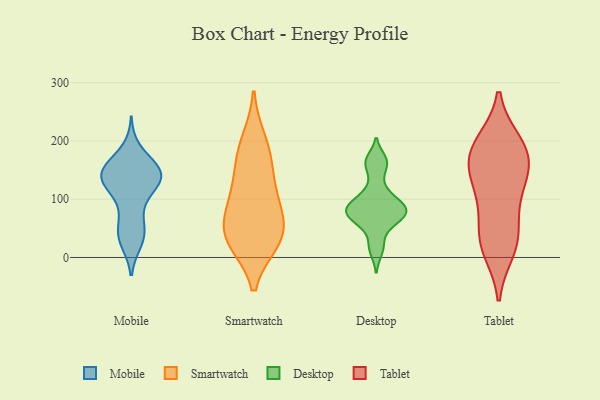
{"axis": {"x": "Shipments", "y": "Value"}, "legend": ["Desktop", "Mobile", "Smartwatch", "Tablet"], "data": [{"x": "", "y": 135, "type": "Mobile"}, {"x": "", "y": 31, "type": "Mobile"}, {"x": "", "y": 131, "type": "Mobile"}, {"x": "", "y": 52, "type": "Mobile"}, {"x": "", "y": 151, "type": "Mobile"}, {"x": "", "y": 131, "type": "Mobile"}, {"x": "", "y": 27, "type": "Mobile"}, {"x": "", "y": 35, "type": "Mobile"}, {"x": "", "y": 48, "type": "Mobile"}, {"x": "", "y": 104, "type": "Mobile"}, {"x": "", "y": 158, "type": "Mobile"}, {"x": "", "y": 79, "type": "Mobile"}, {"x": "", "y": 155, "type": "Mobile"}, {"x": "", "y": 145, "type": "Mobile"}, {"x": "", "y": 133, "type": "Mobile"}, {"x": "", "y": 141, "type": "Mobile"}, {"x": "", "y": 117, "type": "Mobile"}, {"x": "", "y": 185, "type": "Mobile"}, {"x": "", "y": 149, "type": "Mobile"}, {"x": "", "y": 145, "type": "Mobile"}, {"x": "", "y": 200, "type": "Smartwatch"}, {"x": "", "y": 150, "type": "Smartwatch"}, {"x": "", "y": 33, "type": "Smartwatch"}, {"x": "", "y": 105, "type": "Smartwatch"}, {"x": "", "y": 28, "type": "Smartwatch"}, {"x": "", "y": 71, "type": "Smartwatch"}, {"x": "", "y": 175, "type": "Smartwatch"}, {"x": "", "y": 38, "type": "Smartwatch"}, {"x": "", "y": 97, "type": "Smartwatch"}, {"x": "", "y": 36, "type": "Smartwatch"}, {"x": "", "y": 68, "type": "Desktop"}, {"x": "", "y": 82, "type": "Desktop"}, {"x": "", "y": 80, "type": "Desktop"}, {"x": "", "y": 78, "type": "Desktop"}, {"x": "", "y": 23, "type": "Desktop"}, {"x": "", "y": 11, "type": "Desktop"}, {"x": "", "y": 161, "type": "Desktop"}, {"x": "", "y": 97, "type": "Desktop"}, {"x": "", "y": 87, "type": "Desktop"}, {"x": "", "y": 92, "type": "Desktop"}, {"x": "", "y": 168, "type": "Desktop"}, {"x": "", "y": 103, "type": "Desktop"}, {"x": "", "y": 68, "type": "Desktop"}, {"x": "", "y": 54, "type": "Desktop"}, {"x": "", "y": 67, "type": "Desktop"}, {"x": "", "y": 127, "type": "Desktop"}, {"x": "", "y": 162, "type": "Desktop"}, {"x": "", "y": 37, "type": "Tablet"}, {"x": "", "y": 107, "type": "Tablet"}, {"x": "", "y": 21, "type": "Tablet"}, {"x": "", "y": 141, "type": "Tablet"}, {"x": "", "y": 100, "type": "Tablet"}, {"x": "", "y": 167, "type": "Tablet"}, {"x": "", "y": 168, "type": "Tablet"}, {"x": "", "y": 43, "type": "Tablet"}, {"x": "", "y": 13, "type": "Tablet"}, {"x": "", "y": 146, "type": "Tablet"}, {"x": "", "y": 186, "type": "Tablet"}, {"x": "", "y": 197, "type": "Tablet"}, {"x": "", "y": 195, "type": "Tablet"}]}